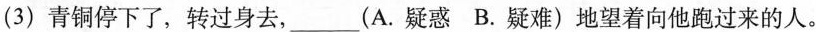
(3)青铜停下了，转过身去，___(A.疑惑B.疑难)地望着向他跑过来的人。